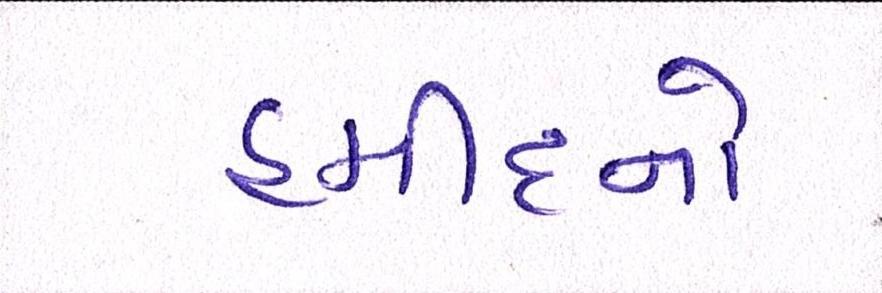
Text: હમીદનો